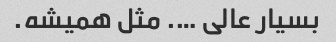
بسیار عالی …. مثل همیشه.